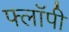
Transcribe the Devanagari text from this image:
फ्लाॅपी